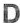
D